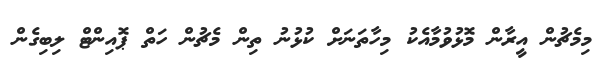
މިމެޗުން އީރާން މޮޅުވުމާއެކު މިހާތަނަށް ކުޅުނު ތިން މެޗުން ހަތް ޕޮއިންޓް ލިބިގެން